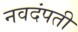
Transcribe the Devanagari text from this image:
नवदंपती